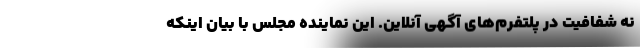
نه شفافیت در پلتفرم‌های آگهی آنلاین. این نماینده مجلس با بیان اینکه